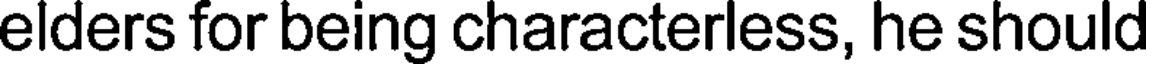
elders for being characterless, he should